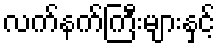
လက်နက်ကြီးများနှင့်